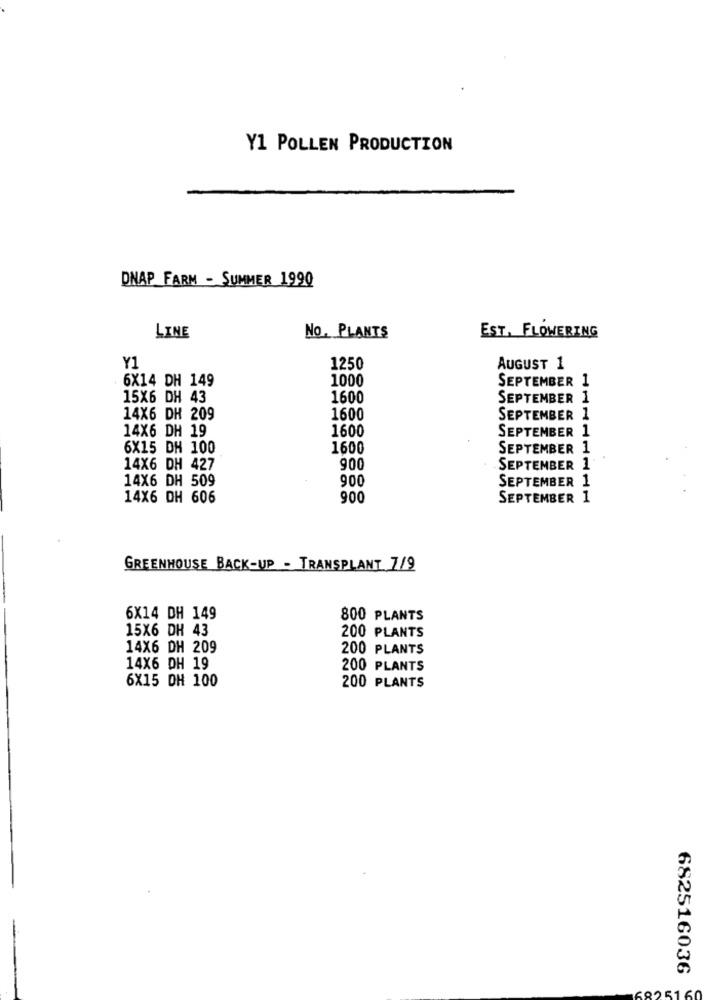
Y1 POLLEN PRODUCTION
DNAP FARM - SUMMER 1990
LINE
NO. PLANTS
EST. FLOWERING
Y1
1250
AUGUST 1
6X14 DH 149
1000
SEPTEMBER 1
15X6 DH 43
1600
SEPTEMBER 1
14X6 DH 209
1600
SEPTEMBER 1
14X6 DH 19
1600
SEPTEMBER 1
6X15 DH 100
1600
SEPTEMBER 1
. .
14X6 DH 427
900
SEPTEMBER 1
14X6 DH 509
900
SEPTEMBER 1
14X6 DH 606
900
SEPTEMBER 1
GREENHOUSE BACK-UP - TRANSPLANT 7/9
6X14 DH 149
800 PLANTS
15X6 DH 43
200 PLANTS
14X6 DH 209
200 PLANTS
14X6 DH 19
200 PLANTS
6X15 DH 100
200 PLANTS
682516036
168251 60